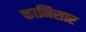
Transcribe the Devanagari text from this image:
कामिसार